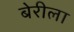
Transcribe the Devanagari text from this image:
बेरीला